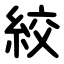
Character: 絞